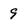
Character: 9